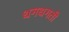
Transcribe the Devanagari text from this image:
धगधगती